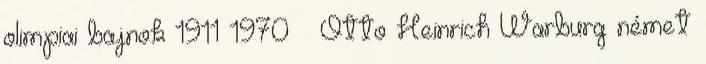
olimpiai bajnok 1911 1970 – Otto Heinrich Warburg német